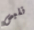
نلبس